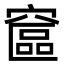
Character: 䆰